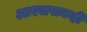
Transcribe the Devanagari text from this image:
आश्वासकही